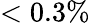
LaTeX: <0.3\%